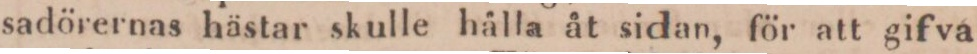
sadörernas hästar skulle hålla åt sidan, för att gifva